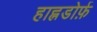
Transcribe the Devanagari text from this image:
हाह्नडोर्फ़